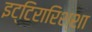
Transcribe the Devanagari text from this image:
इट्टिरारिश्शा